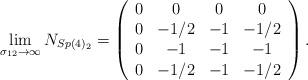
LaTeX: \begin{align*}\lim_{\sigma _{12}\rightarrow \infty }N_{Sp(4)_{2}}=\left( \begin{array}{cccc}0 & 0 & 0 & 0 \\ 0 & -1/2 & -1 & -1/2 \\ 0 & -1 & -1 & -1 \\ 0 & -1/2 & -1 & -1/2\end{array}\right) . \end{align*}